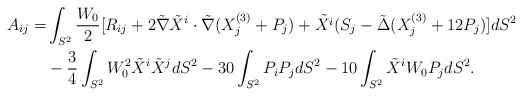
\begin{align*}A_{ij}=&\int_{S^2} \frac{W_0}{2}[R_{ij}+2 \tilde \nabla \tilde{X}^i \cdot \tilde \nabla (X_j^{(3)}+ P_j)+\tilde{X^i}(S_j-\tilde{\Delta}(X_j^{(3)}+12P_j)] dS^2 \\ &-\frac{3}{4 } \int _{S^2}W_0^2\tilde{X}^i\tilde{X}^j dS^2 -30 \int _{S^2} P_i P_j dS^2 -10 \int_{S^2}\tilde X^i W_0P_j dS^2.\end{align*}